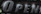
OPEN